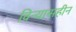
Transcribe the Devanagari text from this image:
विन्यासहीन